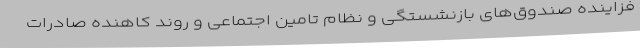
فزاینده صندوق‌های بازنشستگی و نظام تامین اجتماعی و روند کاهنده صادرات